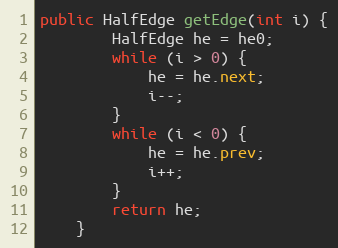
Language: Java
public HalfEdge getEdge(int i) {
        HalfEdge he = he0;
        while (i > 0) {
            he = he.next;
            i--;
        }
        while (i < 0) {
            he = he.prev;
            i++;
        }
        return he;
    }